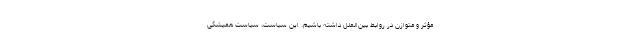
مؤثر و متوازن در روابط بین‌الملل داشته باشیم. این سیاست، سیاست همیشگی